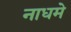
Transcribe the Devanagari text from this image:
नाधमे